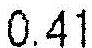
0.41